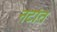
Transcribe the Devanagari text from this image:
नटांत